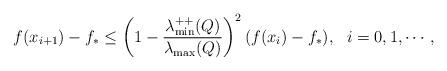
LaTeX: \begin{align*} f(x_{i+1})-f_*\leq \left(1- \frac{\lambda^{++}_{\min}(Q)}{ \lambda_{\max}(Q)}\right)^2 (f(x_{i})-f_*), ~~i=0, 1, \cdots,\end{align*}